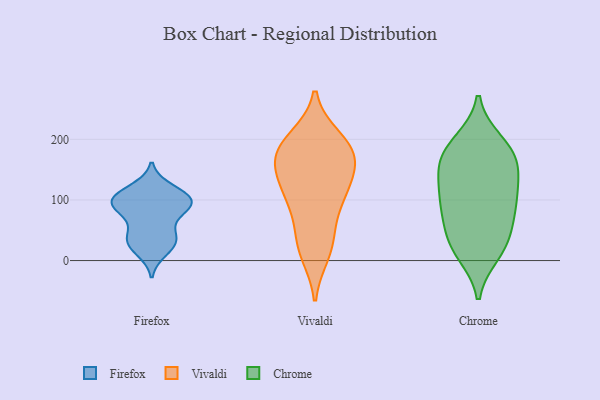
{"axis": {"x": "Population (Million)", "y": "Value"}, "legend": ["Chrome", "Firefox", "Vivaldi"], "data": [{"x": "", "y": 36, "type": "Firefox"}, {"x": "", "y": 100, "type": "Firefox"}, {"x": "", "y": 102, "type": "Firefox"}, {"x": "", "y": 88, "type": "Firefox"}, {"x": "", "y": 34, "type": "Firefox"}, {"x": "", "y": 74, "type": "Firefox"}, {"x": "", "y": 43, "type": "Firefox"}, {"x": "", "y": 110, "type": "Firefox"}, {"x": "", "y": 92, "type": "Firefox"}, {"x": "", "y": 99, "type": "Firefox"}, {"x": "", "y": 16, "type": "Firefox"}, {"x": "", "y": 118, "type": "Firefox"}, {"x": "", "y": 91, "type": "Firefox"}, {"x": "", "y": 27, "type": "Firefox"}, {"x": "", "y": 171, "type": "Vivaldi"}, {"x": "", "y": 191, "type": "Vivaldi"}, {"x": "", "y": 41, "type": "Vivaldi"}, {"x": "", "y": 115, "type": "Vivaldi"}, {"x": "", "y": 146, "type": "Vivaldi"}, {"x": "", "y": 13, "type": "Vivaldi"}, {"x": "", "y": 200, "type": "Vivaldi"}, {"x": "", "y": 95, "type": "Vivaldi"}, {"x": "", "y": 164, "type": "Vivaldi"}, {"x": "", "y": 99, "type": "Vivaldi"}, {"x": "", "y": 126, "type": "Vivaldi"}, {"x": "", "y": 183, "type": "Vivaldi"}, {"x": "", "y": 180, "type": "Vivaldi"}, {"x": "", "y": 24, "type": "Vivaldi"}, {"x": "", "y": 166, "type": "Chrome"}, {"x": "", "y": 91, "type": "Chrome"}, {"x": "", "y": 196, "type": "Chrome"}, {"x": "", "y": 21, "type": "Chrome"}, {"x": "", "y": 126, "type": "Chrome"}, {"x": "", "y": 167, "type": "Chrome"}, {"x": "", "y": 26, "type": "Chrome"}, {"x": "", "y": 150, "type": "Chrome"}, {"x": "", "y": 117, "type": "Chrome"}, {"x": "", "y": 83, "type": "Chrome"}, {"x": "", "y": 100, "type": "Chrome"}, {"x": "", "y": 12, "type": "Chrome"}, {"x": "", "y": 69, "type": "Chrome"}, {"x": "", "y": 41, "type": "Chrome"}, {"x": "", "y": 168, "type": "Chrome"}, {"x": "", "y": 192, "type": "Chrome"}]}